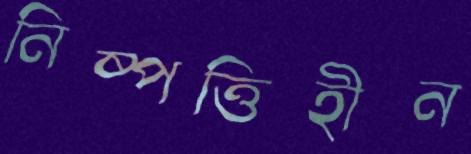
নিষ্পত্তিহীন